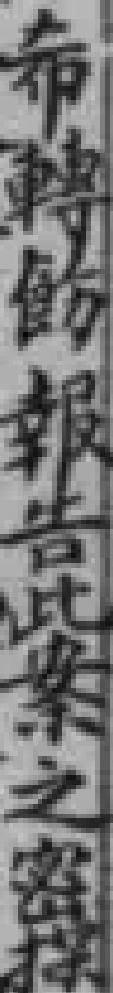
希轉飭報告此案之密探